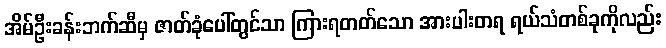
အိမ်ဦးခန်းဘက်ဆီမှ ဇာတ်ခုံပေါ်တွင်သာ ကြားရတတ်သော အားပါးတရ ရယ်သံတစ်ခုကိုလည်း